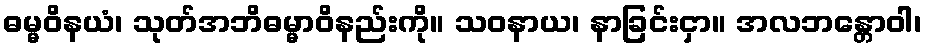
ဓမ္မဝိနယံ၊ သုတ်အဘိဓမ္မာဝိနည်းကို။ သဝနာယ၊ နာခြင်းငှာ။ အလဘန္တောဝါ၊